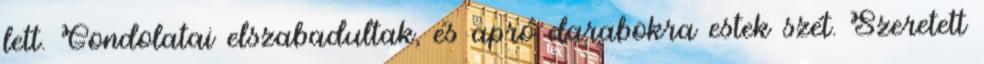
lett. Gondolatai elszabadultak, és apró darabokra estek szét. Szeretett